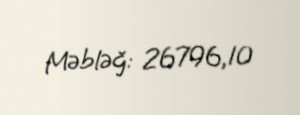
Məbləğ: 26796,10